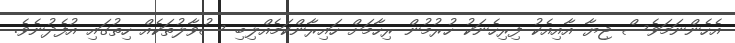
އެހެންނަމަވެސް ޖިޔާ އާއިއެކު ފިރިހެނަކު ހުރުމުން ރިހާމަށް ހައިރާންކަމެއްލިބި ސުވާލުތަކެއް ހިތުގައި އުފެދުނެވެ.